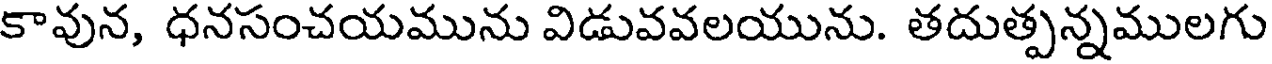
కావున, ధనసంచయమును విడువవలయును. తదుత్పన్నములగు